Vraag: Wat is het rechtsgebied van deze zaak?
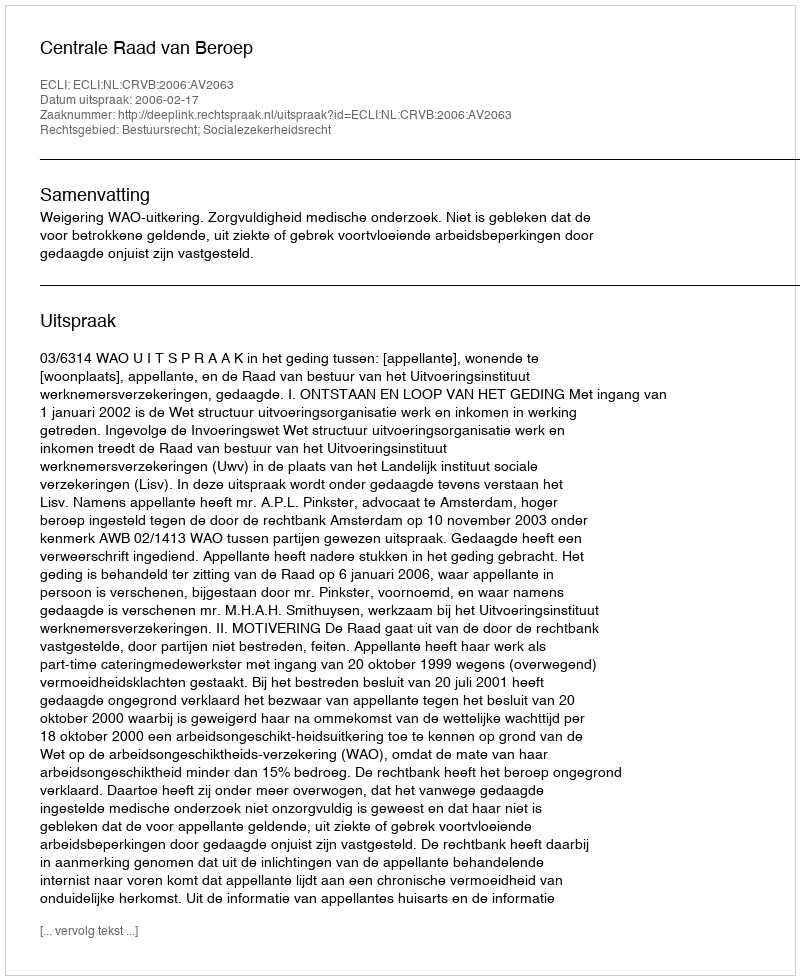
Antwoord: Bestuursrecht; Socialezekerheidsrecht